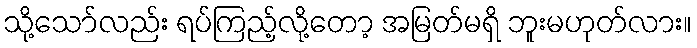
သို့သော်လည်း ရပ်ကြည့်လို့တော့ အမြတ်မရှိ ဘူးမဟုတ်လား။